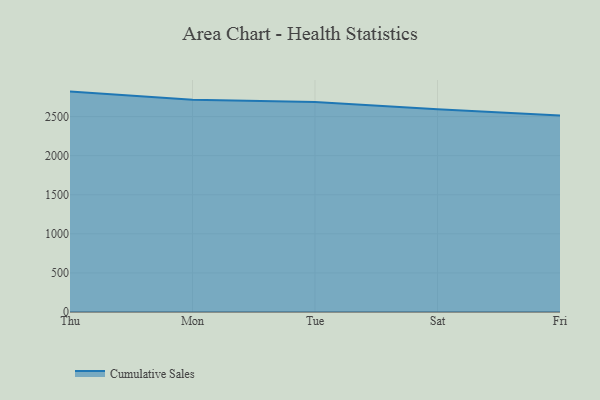
{"axis": {"x": "Day", "y": "Net Income (USD K)"}, "legend": ["Cumulative Sales"], "data": [{"x": "Thu", "y": 2819.3, "type": "Cumulative Sales"}, {"x": "Mon", "y": 2713.9, "type": "Cumulative Sales"}, {"x": "Tue", "y": 2687.1, "type": "Cumulative Sales"}, {"x": "Sat", "y": 2594.9, "type": "Cumulative Sales"}, {"x": "Fri", "y": 2514.1, "type": "Cumulative Sales"}]}